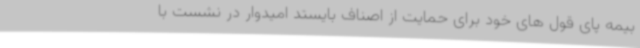
بیمه پای قول های خود برای حمایت از اصناف بایستد امیدوار در نشست با